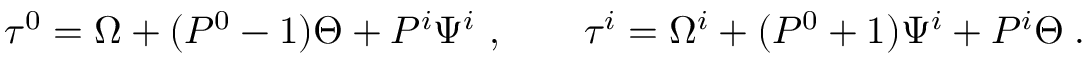
\tau ^ { 0 } = \Omega + ( P ^ { 0 } - 1 ) \Theta + P ^ { i } \Psi ^ { i } ~ , \qquad \tau ^ { i } = \Omega ^ { i } + ( P ^ { 0 } + 1 ) \Psi ^ { i } + P ^ { i } \Theta \; .